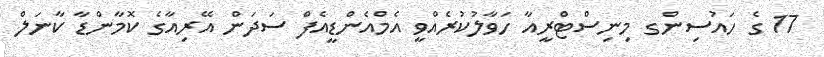
17 ގެ ހައުސިންގ މިނިސްޓްރީއާ ހަވާލުކުރެއްވީ އެމްއެންޑީއެފް ސަދަން އޭރިއާގެ ކޮމާންޑާ ކާނަލް